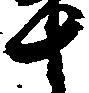
十